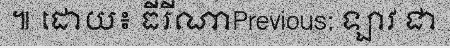
៕ ដោយ៖ ធីរីណាPrevious: ឡាវ ជា